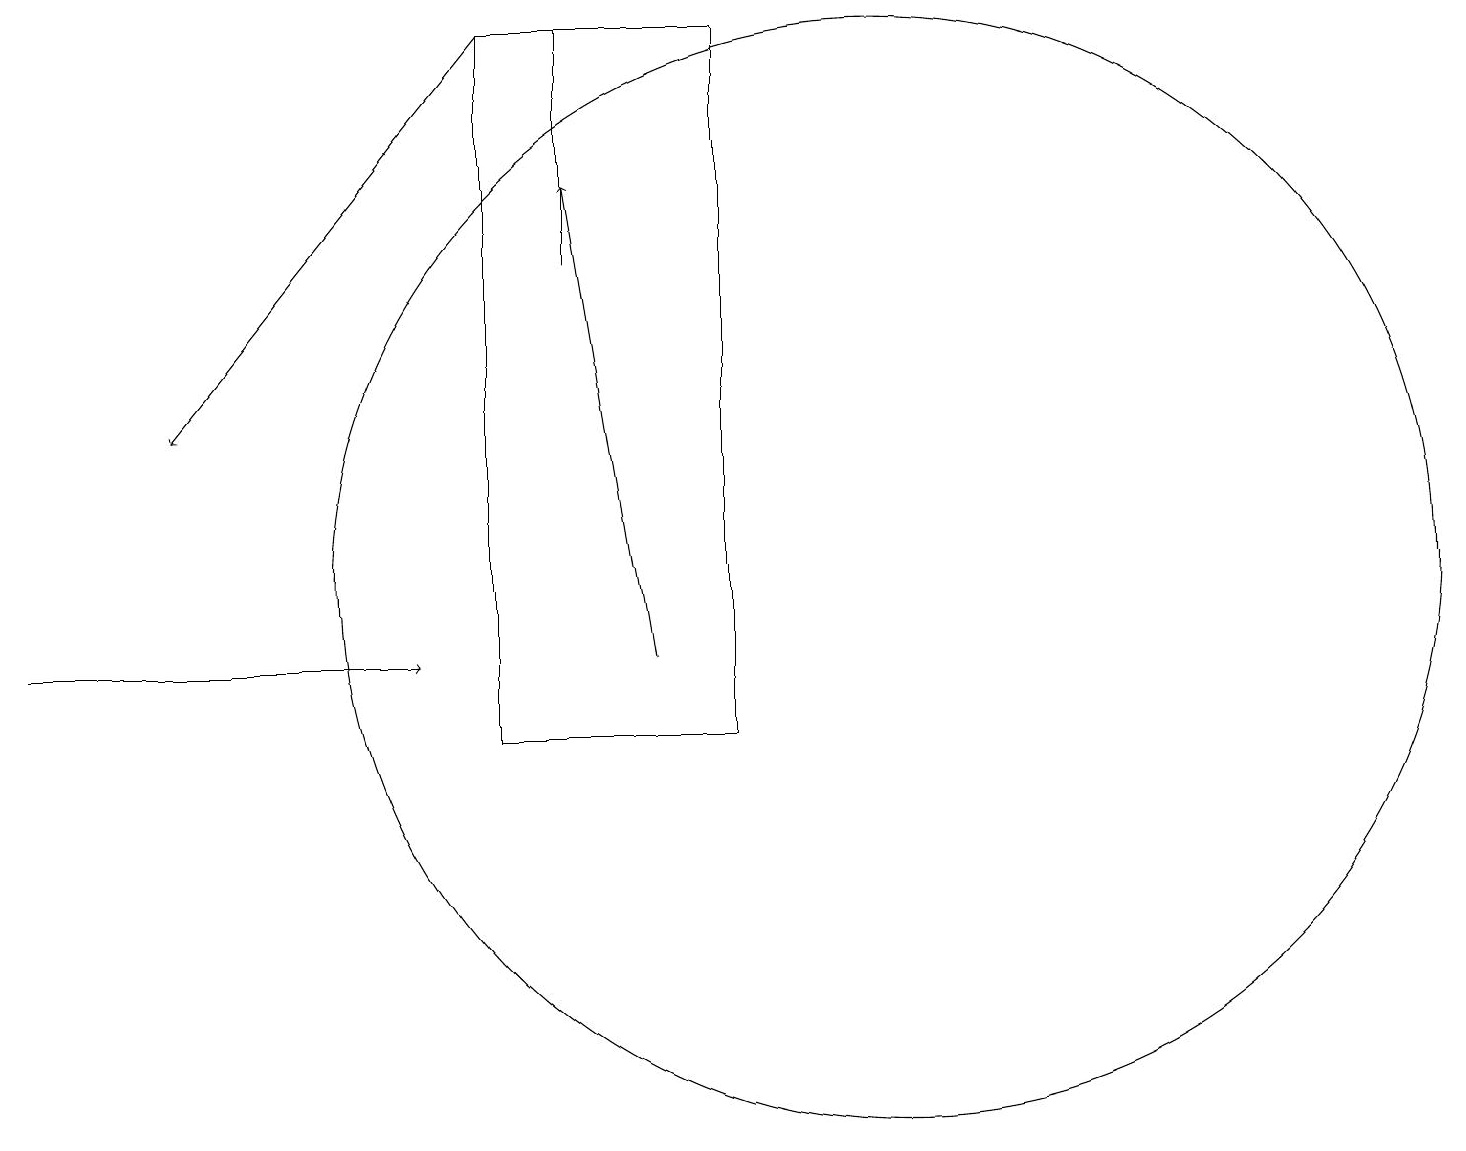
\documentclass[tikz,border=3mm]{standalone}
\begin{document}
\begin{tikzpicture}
\draw (7,19) rectangle (7,16);
\draw (9,10) rectangle (6,19);
\draw (11,12) circle (7);
\draw[->] (6,19) -- (2,14);
\draw[->] (0,11) -- (5,11);
\draw[->] (8,11) -- (7,17);
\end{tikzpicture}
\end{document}